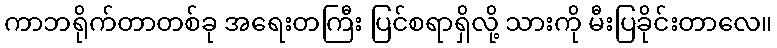
ကာဘရိုက်တာတစ်ခု အရေးတကြီး ပြင်စရာရှိလို့ သားကို မီးပြခိုင်းတာလေ။